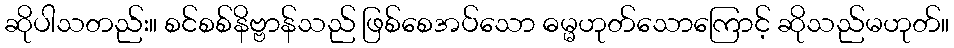
ဆိုပါသတည်း။ စင်စစ်နိဗ္ဗာန်သည် ဖြစ်စေအပ်သော ဓမ္မဟုတ်သောကြောင့် ဆိုသည်မဟုတ်။